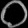
Digit: ၀